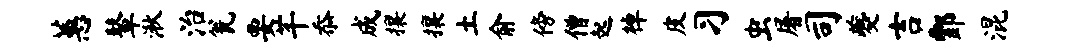
蕙鼙湫治瓮要芊忝成攘攘土俞傍僧起棹皮习虫屠司夔吉酆混